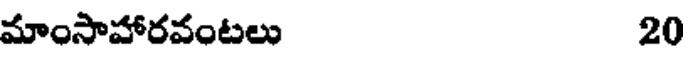
మాంసాహారవంటలు 20